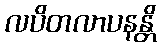
လပိတလာပနန္တိ